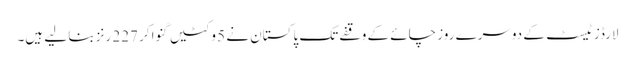
لارڈز ٹیسٹ کے دوسرے روز چائے کے وقفے تک پاکستان نے 5 وکٹیں گنوا کر 227 رنز بنا لیے ہیں۔